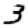
Digit: 3